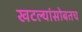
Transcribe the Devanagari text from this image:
खटल्यांसोबतच